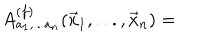
A _ { a _ { 1 } , . . . a _ { n } } ^ { ( f ) } ( \vec { x } _ { 1 } , . . . , \vec { x } _ { n } ) =